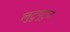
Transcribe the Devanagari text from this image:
लुटुपुटुचे